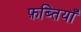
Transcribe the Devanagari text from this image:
फ़ब्तियाँ